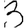
Digit: 3